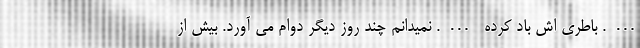
…. باطری اش باد کرده …. نمیدانم چند روز دیگر دوام می آورد. بیش از